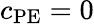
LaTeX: c_{\mathrm{PE}}=0